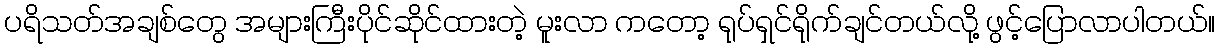
ပရိသတ်အချစ်တွေ အများကြီးပိုင်ဆိုင်ထားတဲ့ မူးလာ ကတော့ ရုပ်ရှင်ရိုက်ချင်တယ်လို့ ဖွင့်ပြောလာပါတယ်။